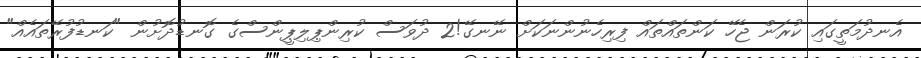
އެނދުމަތީގައި ކުރަން ޖެހޭ ކަންތައްތައް ފިރިހެނުންނަކަށް ނޭނގޭ!2 ދުވަސް ކުރިންޕިލިޕީންސްގެ ގޮނޑުދޮށުން "ކަނޑުފުރޭތައެއް"